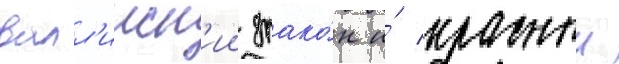
валл'ииск'ии драко́н и́ красныи